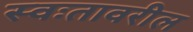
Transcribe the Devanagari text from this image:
स्वःतावरील